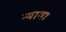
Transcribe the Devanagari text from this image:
न्याया